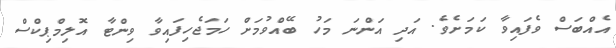
އެއްބަސް ވެފައިވާ ކަމަށެވެ. އަދި އަންނަ މަހު ބޭއްވުމަށް ހަމަޖެހިފައިވާ ވިންޓާ އޮލިމްޕިކްސް